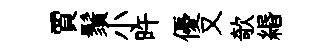
賈鬚小旿優又欹緡